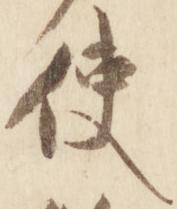
使